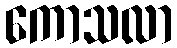
ကောသလာ